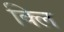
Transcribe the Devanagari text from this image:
क्लि